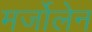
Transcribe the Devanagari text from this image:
मर्जोलेन